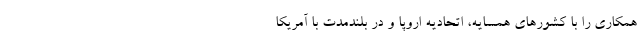
همکاری را با کشورهای همسایه، اتحادیه اروپا و در بلندمدت با آمریکا